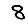
Digit: 8